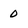
Character: 0